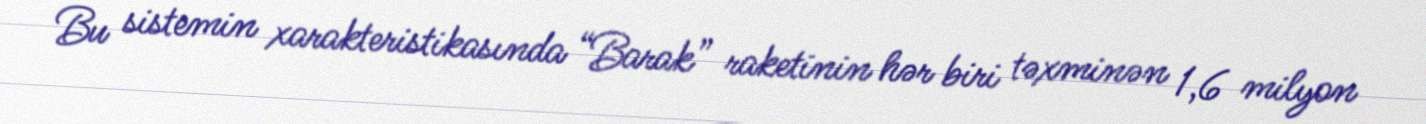
Bu sistemin xarakteristikasında “Barak” raketinin hər biri təxminən 1,6 milyon